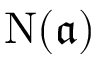
\mathrm { { N } } ( { \mathfrak { a } } )